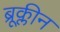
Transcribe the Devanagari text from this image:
ब्रूक्लीन